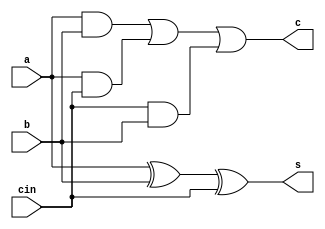
module fa(input a,b,cin,output c,s);
    assign c=(a&b)|(a&cin)|(cin&b);
    assign s=a^b^cin;
endmodule
module top_module( 
    input [99:0] a, b,
    input cin,
    output [99:0] cout,
    output [99:0] sum );
genvar i;//instead of integer genvar Keyword is used 
    fa ha1(a[0],b[0],cin,cout[0],sum[0]);
    generate
        for(i=1;i<100;i=i+1)
            begin:Full_adder_Block //its label for refference of the each instances 
                fa h(a[i],b[i],cout[i-1],cout[i],sum[i]);//generate is used to generate multiple instances
            end
    endgenerate
endmodule